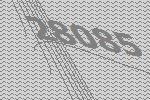
28085